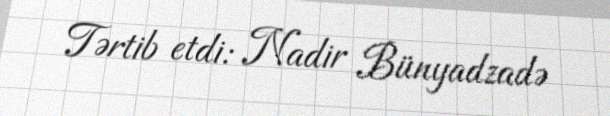
Tərtib etdi: Nadir Bünyadzadə